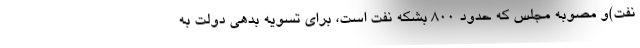
نفت)و مصوبه مجلس که حدود 800 بشکه نفت است، برای تسویه بدهی دولت به